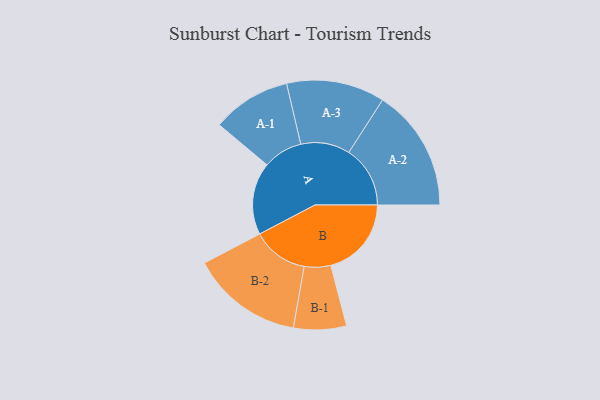
{"axis": {"x": "Segment", "y": "Value"}, "legend": ["", "A", "B"], "data": [{"x": "A", "y": 315, "type": ""}, {"x": "B", "y": 351, "type": ""}, {"x": "A-1", "y": 172, "type": "A"}, {"x": "A-2", "y": 267, "type": "A"}, {"x": "A-3", "y": 214, "type": "A"}, {"x": "B-1", "y": 115, "type": "B"}, {"x": "B-2", "y": 244, "type": "B"}]}